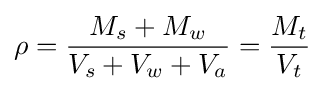
\rho ={\frac {M_{s}+M_{w}}{V_{s}+V_{w}+V_{a}}}={\frac {M_{t}}{V_{t}}}